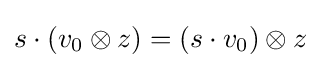
s\cdot (v_{0}\otimes z)=(s\cdot v_{0})\otimes z